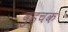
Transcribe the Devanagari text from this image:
वुडचक